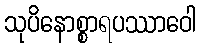
သုပိနောစ္စာရပဿာဝေါ